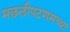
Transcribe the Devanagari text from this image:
मछलीपटणमच्या